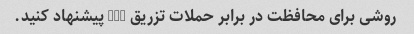
روشی برای محافظت در برابر حملات تزریق SQL پیشنهاد کنید.